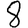
Digit: 8